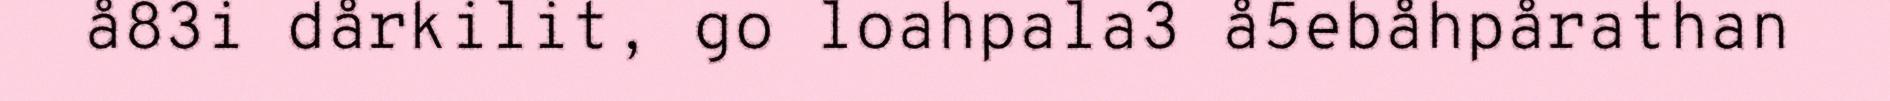
å83i dårkilit, go loahpala3 å5ebåhpårathan